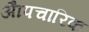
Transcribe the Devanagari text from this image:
अाैपचारिक